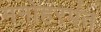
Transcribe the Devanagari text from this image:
मनोहरपंत